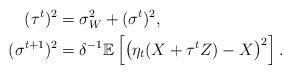
LaTeX: \begin{align*}(\tau^t)^2 &=\sigma_W^2 + (\sigma^t)^2,\\(\sigma^{t+1})^2 &=\delta^{-1}\mathbb{E}\left[\left(\eta_t(X+\tau^{t}Z)-X\right)^2\right].\end{align*}